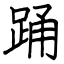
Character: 踊